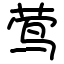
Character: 莺